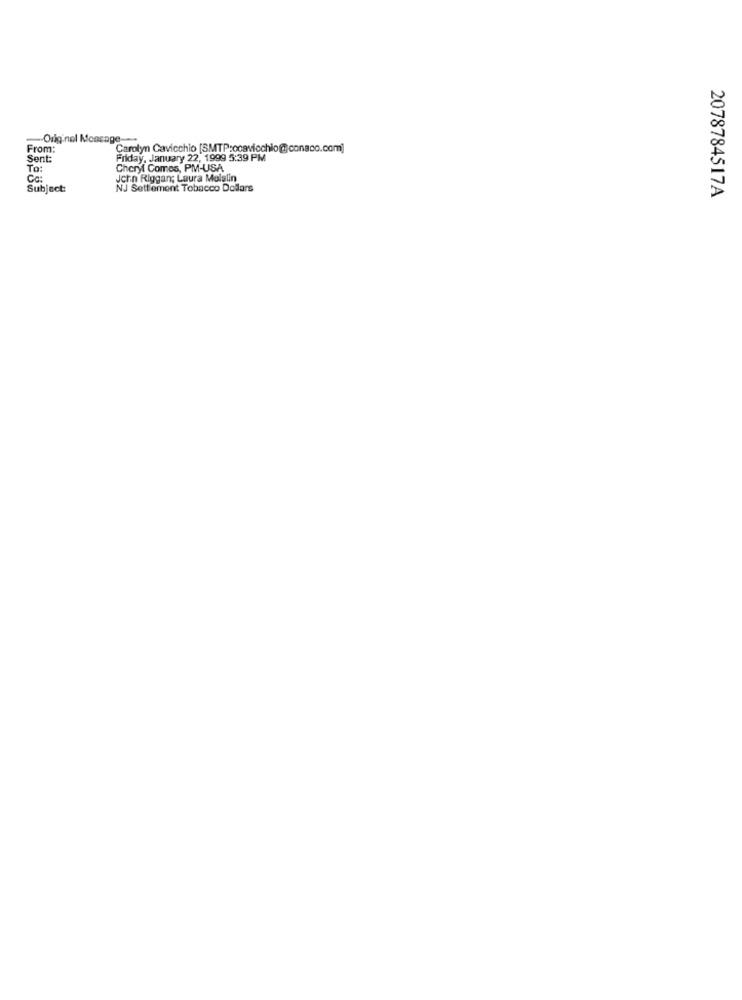
-Original Message ---
From:
Carolyn Cavicchio [SMTP:ocavicchio@conaco.com]
Sent:
Friday, January 22, 1999 5:39 PM
To:
Cheryl Comes, PM-USA
Ca:
John Riggan; Laura Moislin
Subject:
NJ Settlement Tobacco Dollars
2078784517A